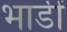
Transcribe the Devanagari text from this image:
भाडीं